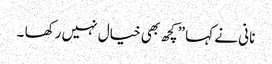
نانی نے کہا ”کچھ بھی خیال نہیں رکھا ۔